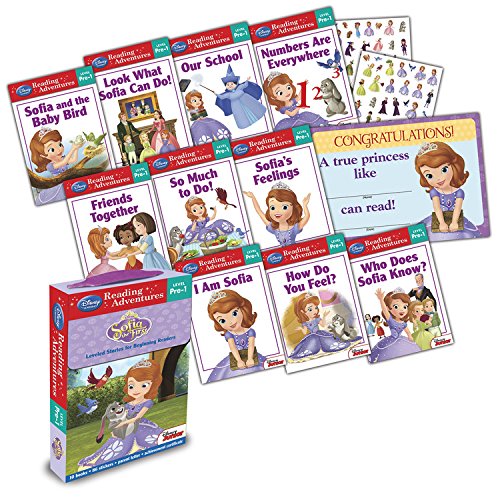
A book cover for Reading Adventures Sofia the First Level Pre-1 Boxed Set; Disney Book Group; Children's Books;